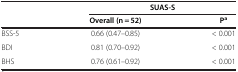
<table><thead><tr><td><b> </b></td><td><b>SUAS-S</b></td><td><b> </b></td></tr><tr><td><b> </b></td><td><b>Overall (n = 52)</b></td><td><b>P<sup>a</sup></b></td></tr></thead><tbody><tr><td>BSS-5</td><td>0.66 (0.47–0.85)</td><td>&lt; 0.001</td></tr><tr><td>BDI</td><td>0.81 (0.70–0.92)</td><td>&lt; 0.001</td></tr><tr><td>BHS</td><td>0.76 (0.61–0.92)</td><td>&lt; 0.001</td></tr></tbody></table>